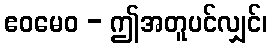
ဧဝမေဝ - ဤအတူပင်လျှင်၊